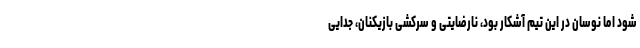
شود اما نوسان در این تیم آشکار بود، نارضایتی و سرکشی بازیکنان، جدایی